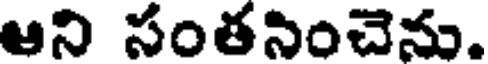
ఆని సంతసించెను.